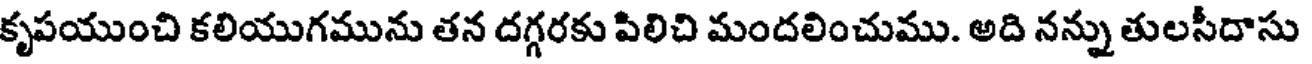
కృపయుంచి కలియుగమును తన దగ్గరకు పిలిచి మందలించుము. అది నన్ను తులసీదాసు